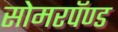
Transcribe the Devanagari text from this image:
सोमरपॅण्ड